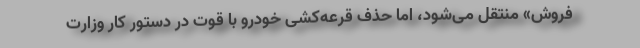
فروش» منتقل می‌شود، اما حذف قرعه‌کشی خودرو با قوت در دستور کار وزارت